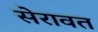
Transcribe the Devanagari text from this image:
सेरावत